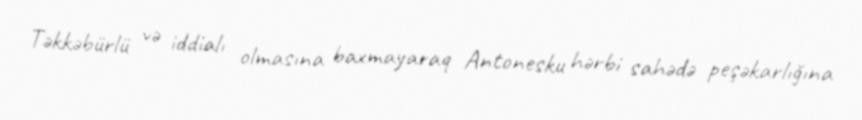
Təkkəbürlü və iddialı olmasına baxmayaraq Antonesku hərbi sahədə peşəkarlığına